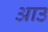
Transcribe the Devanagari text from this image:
आउ